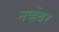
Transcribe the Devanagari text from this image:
नव्हेंबर